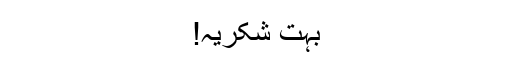
بہت شکریہ!